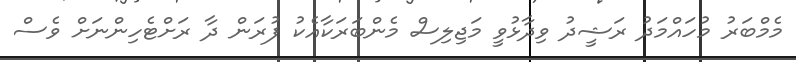
މެމްބަރު މުހައްމަދު ރަޝީދު ވިދާޅުވީ މަޖިލިސް މެންބަރަކާއެކު ފުރަން ދާ ރަށްޓެހިންނަށް ވެސް